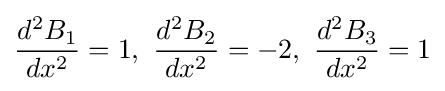
{\frac {d^{2}B_{1}}{dx^{2}}}=1,\ {\frac {d^{2}B_{2}}{dx^{2}}}=-2,\ {\frac {d^{2}B_{3}}{dx^{2}}}=1